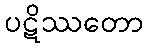
ပဋိဿတော